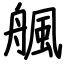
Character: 䑺